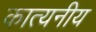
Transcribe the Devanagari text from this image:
कात्यनीय